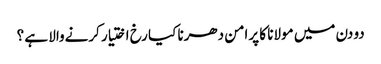
دو دن میں مولانا کا پرامن دھرنا کیا رخ اختیار کرنےوالا ہے ؟